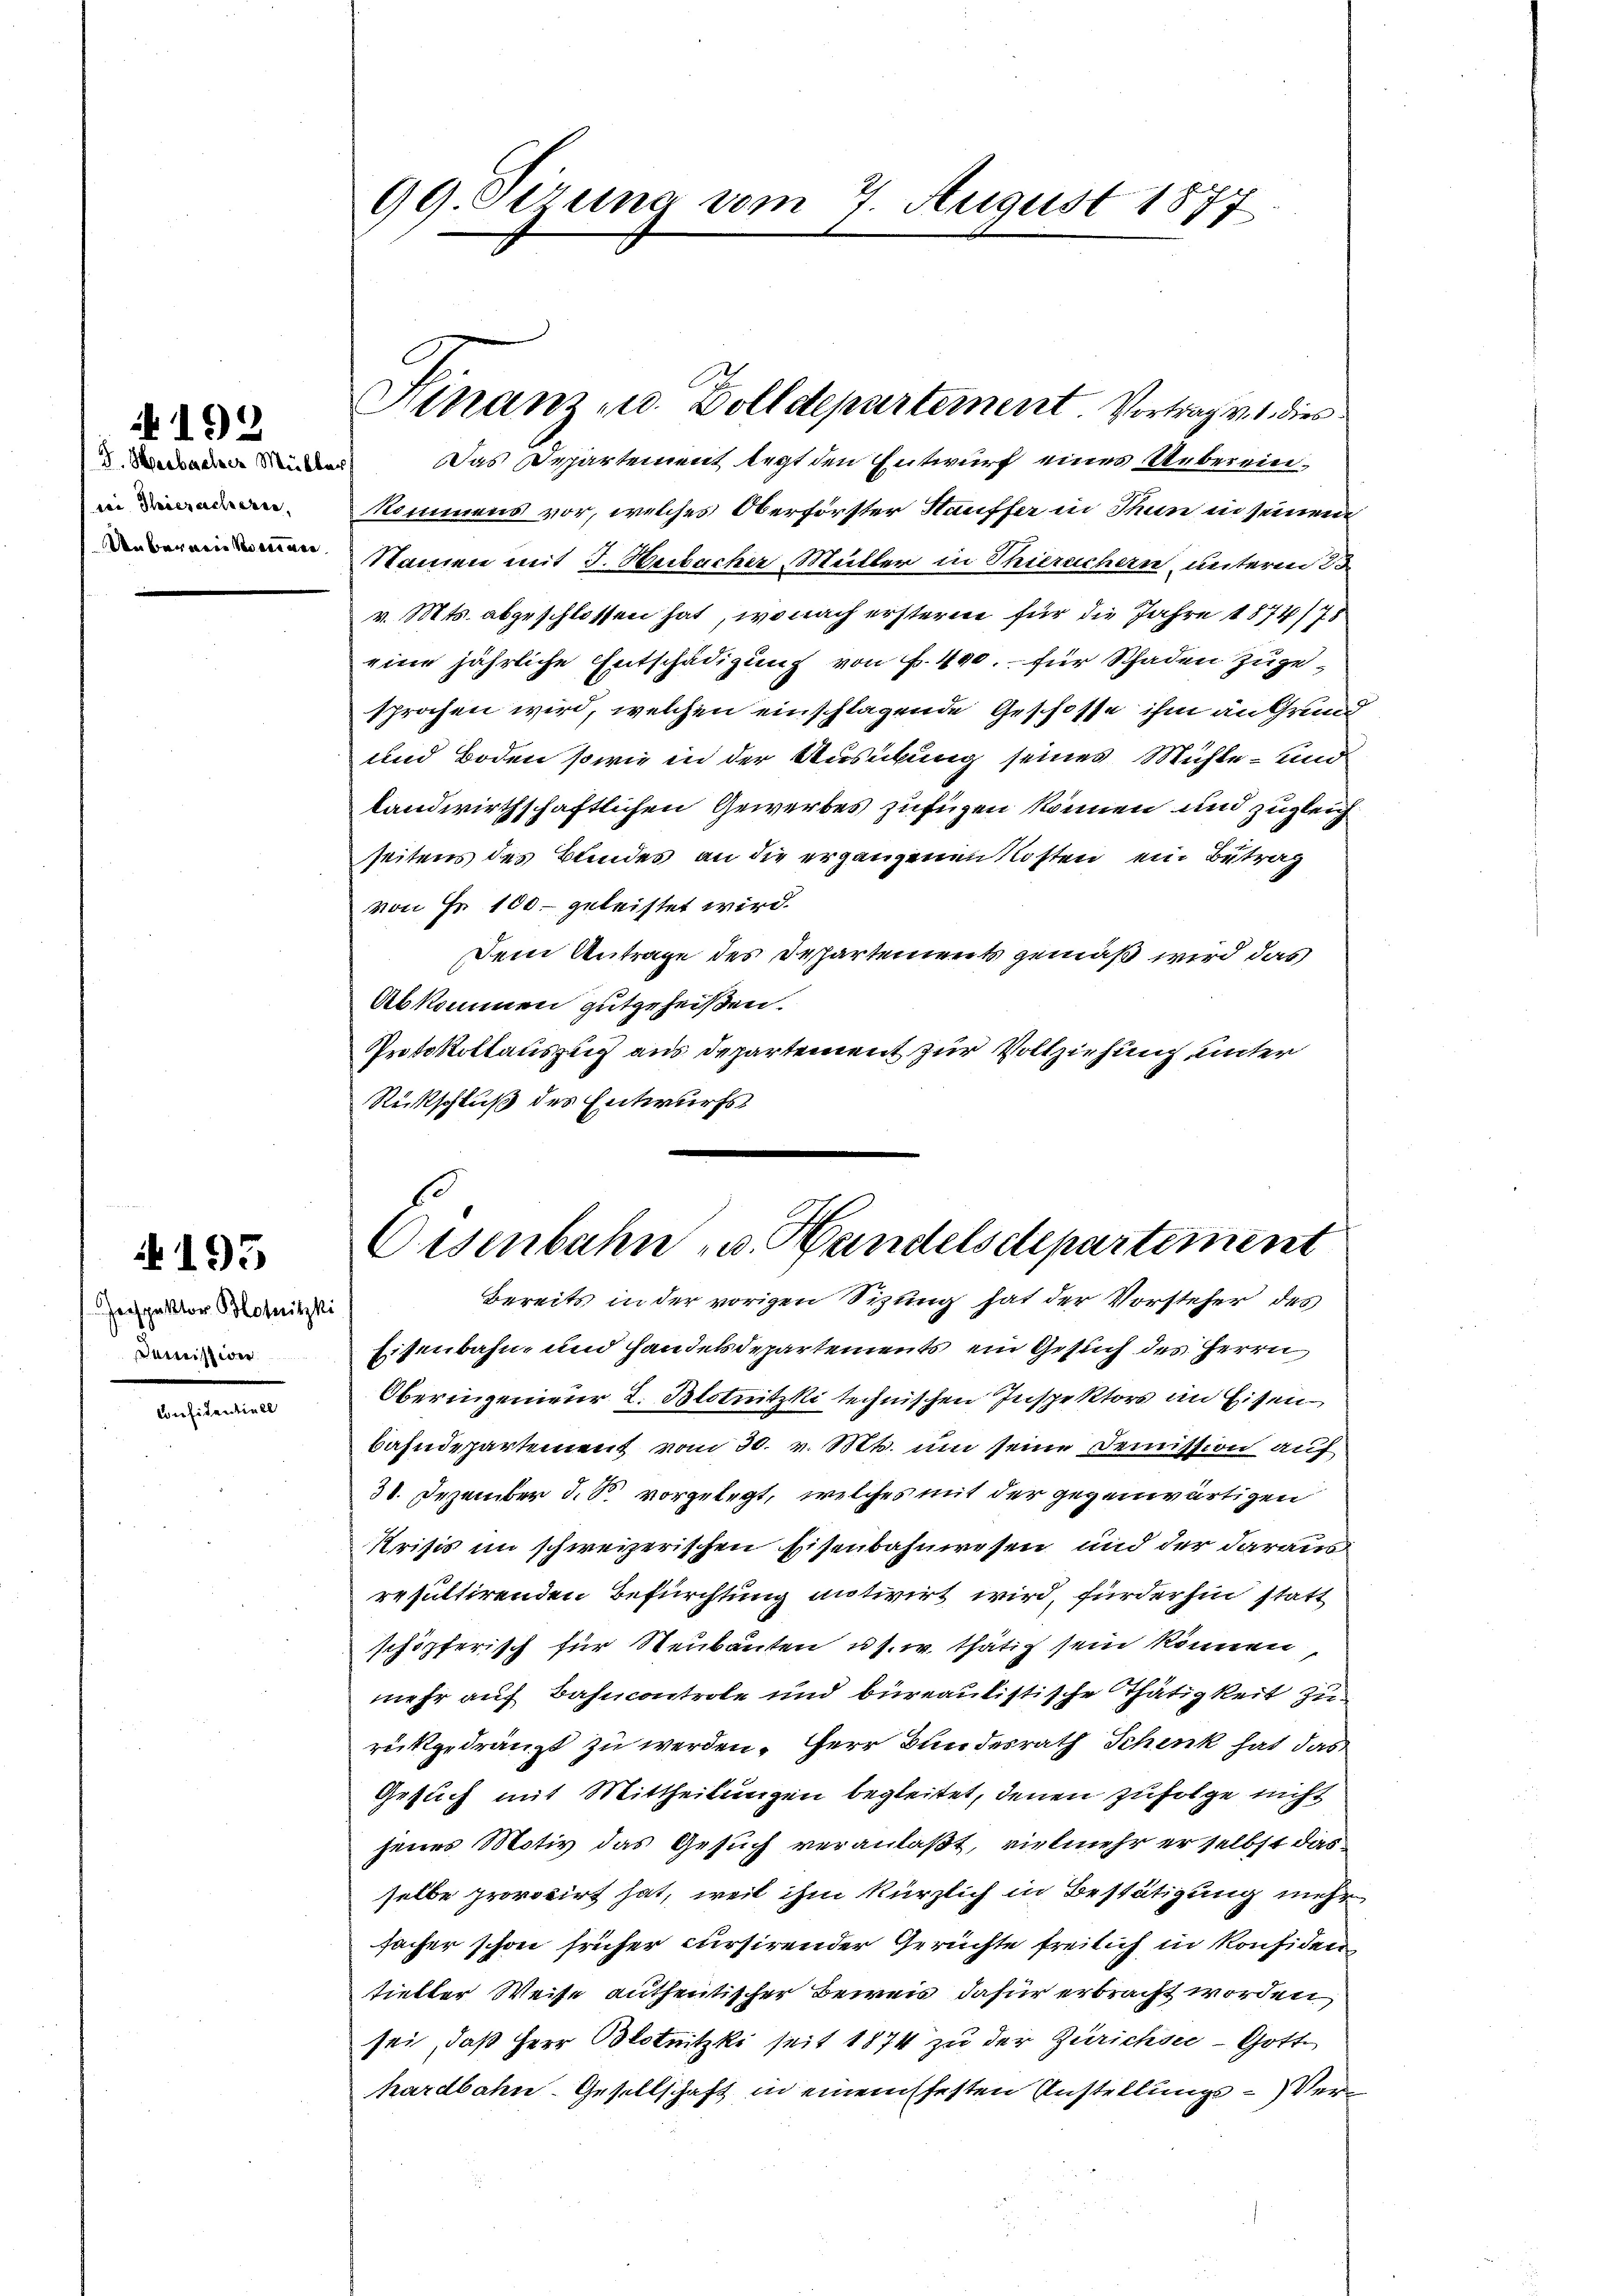
I. Haibacher Mülle
sei Thieracheren,
Uebernein Vereinen

192

Jespektor Blotnitzki
omission.

195

Confitentiell

99 Sirung vom 7. August 1877

Finanz- u. Zolldepartement. Vortrag v. 1. dies
 Das Departement legt den Entwurf einer Ueberein¬

kommens vor, welches Oberförster Hauffer in Thun in seinen
Namen mit J. Huibacher Mutter in Thieruchern unterm 30.
v. Mts. abgeschlossen hat, wonach erstern für die Jahre 1874/78
eine jährliche Entschädigung von f. 490. für Schaden zugesprochen wird, welchen einschlagende Geschosse ihm an Grund
und Boden sowie in der Ausübung seines Mühle - und
landwirthschaftlichen Gewerbes zufügen können und zugleich
seitens des Bundes an die ergangenen Kosten ein Betrag
von Fr. 100. geleistet wird.
Dem Antrage des Dechartements gemäß wird das
Abkommen gutgeheißen.
Protokollauszug aus Departement zur Vollziehung unter
Rückschluß des Entwurfs
Eisenbahn- und Handelsdepartements ein Gesuch des Herrn
Oberingenieur 2. Blotnitzki technischen Inspektors im Eisenbahndepartement vom 30. v. Mts. um seine Demission auf
31. Dezember d. S. vorgelegt, welches mit der gegenwärtigen
Krisis im schweizerischen Eisenbahnwesen und der daraus
resultirenden Befürchtung motivirt wird, fürderhin statt
schöpferisch für Neubauten u. s. w. thätig sein können
mehr auf Bahncontrole und bureaulistische Thätigkeit zu
rückgedrängt zu werden. Herr Bundesrath Schenk hat das
Gesuch mit Mittheilungen begleitet, denen zufolge nicht
jenes Motiv das Gesuch veranlaßt, vielmehr er selbst das
selbe provocirt hat, weil ihm kürzlich in Bestätigung mehr
sacher schon früher cursirender Gerüchte freilich in Konfiden
tielter Weise authentischer Beweis dafür erbracht worden
sei, daß Herr Blotnitzki seit 1874 zu der Zürichsee - Gotte
hardbahn- Gesellschaft in einemsfesten Anstellungs-Ver¬

Eisenbahn u. Handelsdepartement
bereits in der vorigen Sitzung hat der Vorsteher des